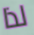
لذا